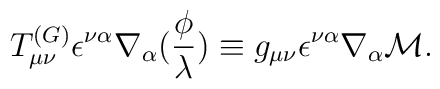
T_{\mu \nu}^{(G)} \epsilon^{\nu\alpha}	\nabla_\alpha (\frac\phi\lambda) \equiv	g_{\mu\nu}\epsilon^{\nu\alpha}\nabla_\alpha	{\cal M}.